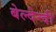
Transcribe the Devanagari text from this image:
बेल्देन्दी